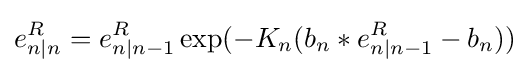
e_{n|n}^{R}=e_{n|n-1}^{R}\exp(-K_{n}(b_{n}*e_{n|n-1}^{R}-b_{n}))